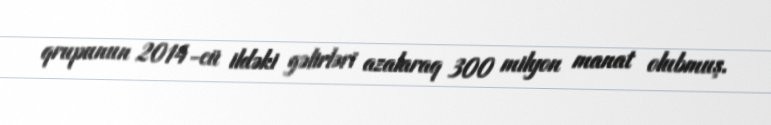
qrupunun 2014-cü ildəki gəlirləri azalaraq 300 milyon manat olubmuş.